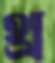
থ্র